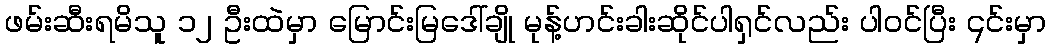
ဖမ်းဆီးရမိသူ ၁၂ ဦးထဲမှာ မြောင်းမြဒေါ်ချို မုန့်ဟင်းခါးဆိုင်ပါရှင်လည်း ပါဝင်ပြီး ၎င်းမှာ